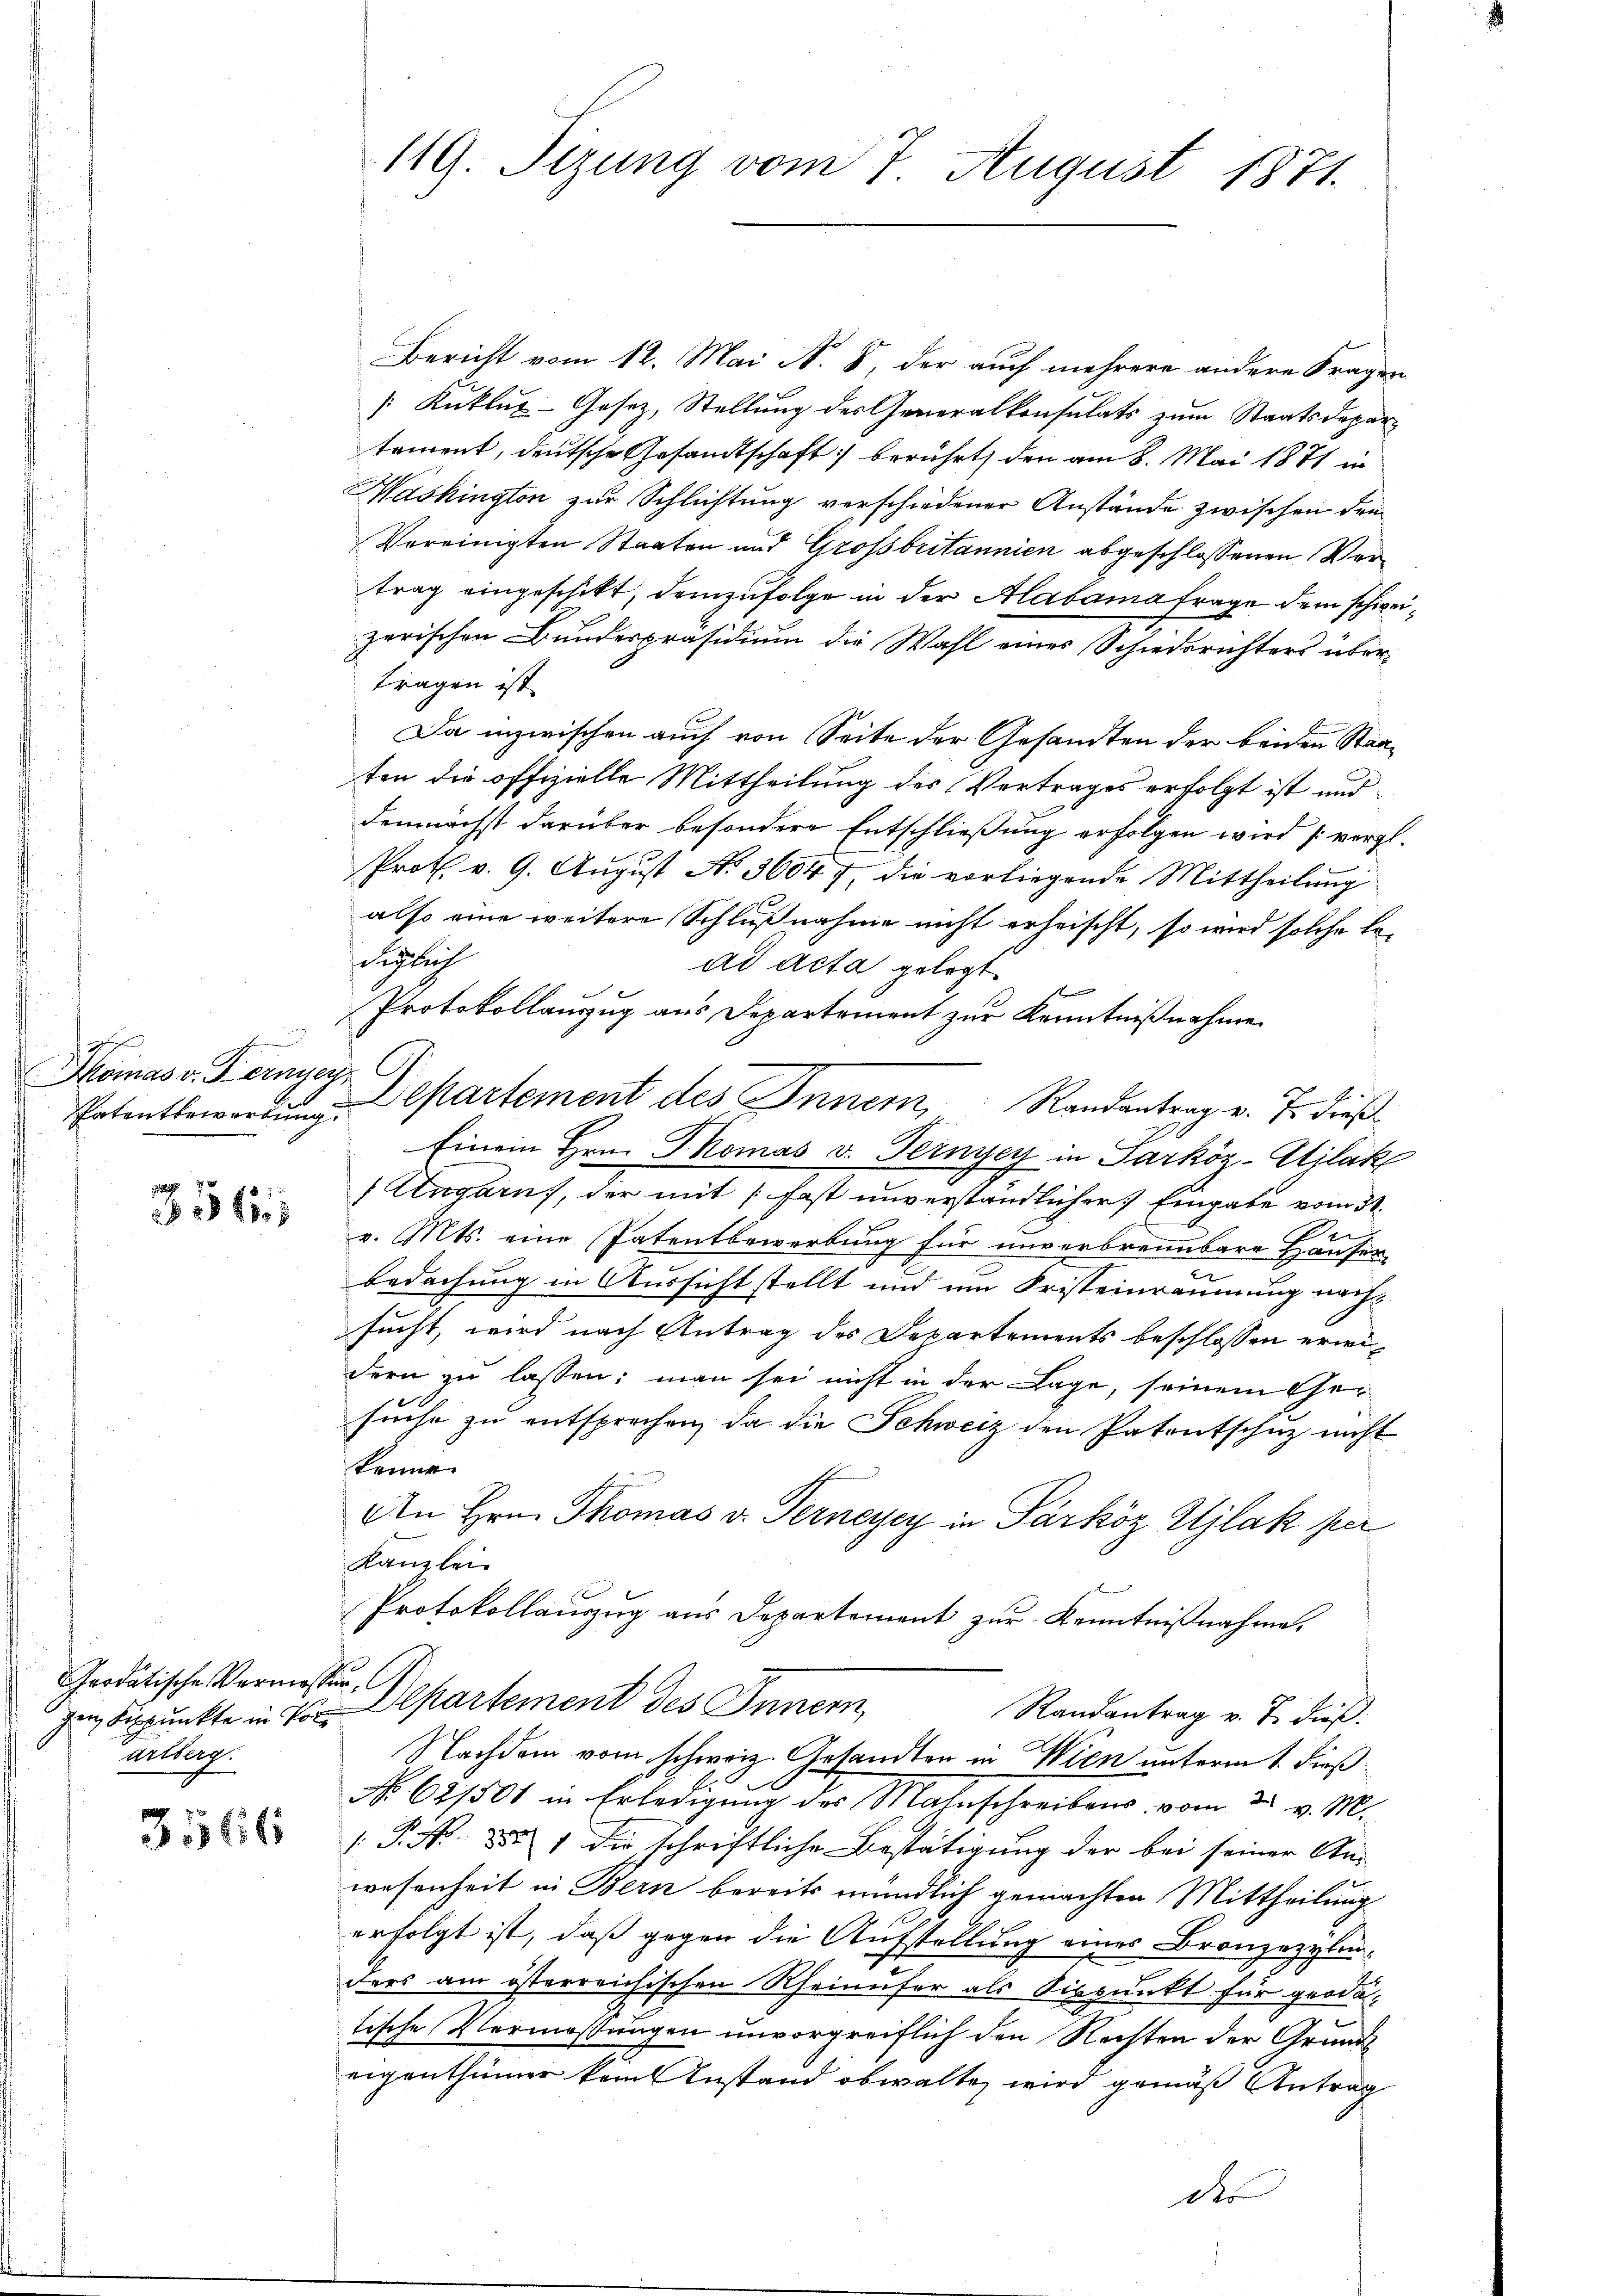
g
Momas v. Fernyer

56

Grodatische Vermessung
gen Fixpunkte in Pol
arlberg.

3566

119. Sizung vom 7. August 1871.

Bericht vom 12. Mai N. 8, der auch mehrere andere Fragen
[Kuklux-Gesetz, Stellung des Generalkonsulats zum Staatsdepartement, deutsche Gesandtschaft) berührt, den am 8. Mai 1871 in
Washington zur Schlichtung verschiedener Anstände zwischen den
Vereinigten Staaten und Grossbritannien abgeschlossenen Vertrag eingeschikt, demzufolge in der Alabama frage dem schweizerischen Bundespräsidium die Wahl eines Schiedsrichters übertragen ist.
Da inzwischen auch von Seite der Gesandten der beiden Staaten die offizielle Mittheilung des Vertrages erfolgt ist und
demnächst darüber besondere Entschließung erfolgen wird (vergl.
Prot. v. 9. August No. 36047, die vorliegende Mittheilung
also eine weitere Schlußnahme nicht erheischt, so wird solche leeglich
ad acta gelegt
Protokollauszug aus Departement zur Kenntnißnahme
Einem Hrn. Thomas v. Fernyey in Sarköz-Ajlak
Ungarns, der mit fast unverständlicher Eingabe vom 31.
v. Mts. eine Patentbewerbung für unverbrennbare Häuser
bedachung in Aussicht stellt und um Fristeinräumung nachsucht, wird nach Antrag des Departements beschlossen erwi
dern zu lassen; man sei nicht in der Lage, seinem Gesuche zu entsprechen, da die Schweiz den Patentschuz nicht
könne.
An Hrn. Thomas v. Ternerey in Parköz Ujlak per
Kanzlei
Protokollauszug aus Departement zur Kenntnißnahme,
Departement des Innern,
Randantrag v. J. dieß:
Nachdem vom schweiz. Gesandten in Wien unterm 1. dieß
No 621501 in Erledigung des Mahnschreibens vom 30. v. M.
[P. Nr. 882. 1 die schriftliche Bestätigung der bei seiner An-
wesenheit in Bern bereits mündlich gemachten Mittheilung
erfolgt ist, daß gegen die Aufstellung eines Bronzezybin¬
2
ders am österreichischen Rheinufer als Dispunkt für geodatische Vermassungen unvorgreiflich den Rechten der Grund
eigenthümer kein Anstand obwalte, wird gemäß Antrag
des

Patentbeworden Departement des Inner, Randantrag v. J. dieß¬